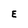
Character: E